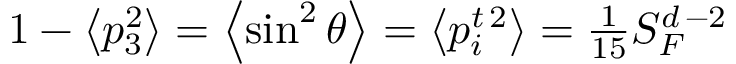
\begin{array} { r } { 1 - \left\langle p _ { 3 } ^ { 2 } \right\rangle = \left\langle \sin ^ { 2 } \theta \right\rangle = \left\langle p _ { i } ^ { t \, 2 } \right\rangle = \frac { 1 } { 1 5 } S _ { F } ^ { d \, - 2 } } \end{array}